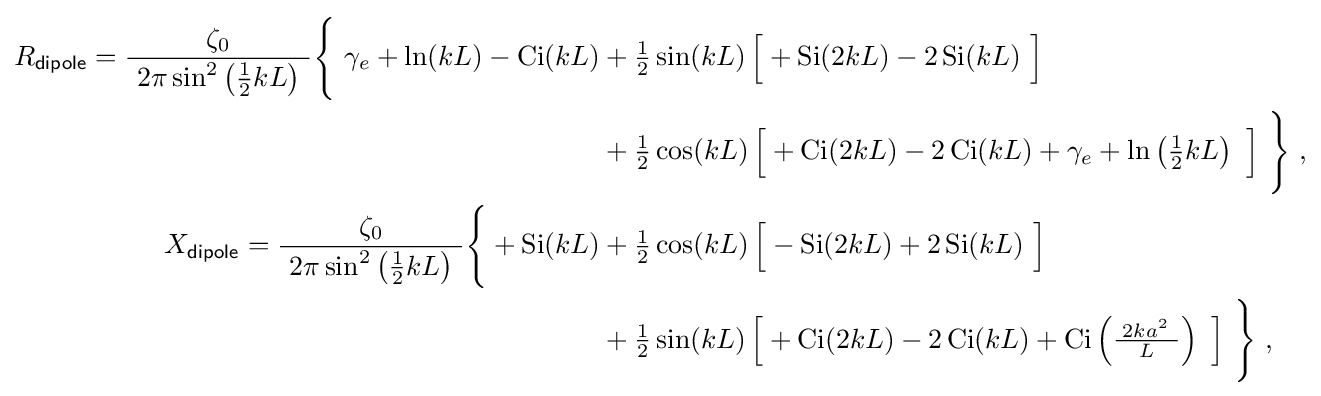
{\begin{aligned}R_{\mathsf {dipole}}={\frac {\zeta _{0}}{\ 2\pi \sin ^{2}\left({\tfrac {1}{2}}kL\right)\ }}{\Biggl \{}\ \gamma _{e}+\ln(kL)-\operatorname {Ci} (kL)+{}&{\tfrac {1}{2}}\sin(kL)\,{\Bigl [}+\operatorname {Si} (2kL)-2\operatorname {Si} (kL)\ {\Bigr ]}\\{}+{}&{\tfrac {1}{2}}\cos(kL)\,{\Big [}+\operatorname {Ci} (2kL)-2\operatorname {Ci} (kL)+\gamma _{e}+\ln \left({\tfrac {1}{2}}kL\right)\ {\Bigr ]}\ {\Bigg \}}\ ,\\X_{\mathsf {dipole}}={\frac {\zeta _{0}}{\ 2\pi \sin ^{2}\left({\tfrac {1}{2}}kL\right)\ }}{\Biggl \{}{}+\operatorname {Si} (kL)+{}&{\tfrac {1}{2}}\cos(kL)\,{\Bigl [}-\operatorname {Si} (2kL)+2\operatorname {Si} (kL)\ {\Bigr ]}\\{}+{}&{\tfrac {1}{2}}\sin(kL)\,{\Bigl [}+\operatorname {Ci} (2kL)-2\operatorname {Ci} (kL)+\operatorname {Ci} \left({\tfrac {\;2ka^{2}\ }{L}}\right)\ {\Bigr ]}\ {\Biggr \}}\ ,\end{aligned}}